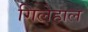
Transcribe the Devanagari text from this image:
गिलेहाल